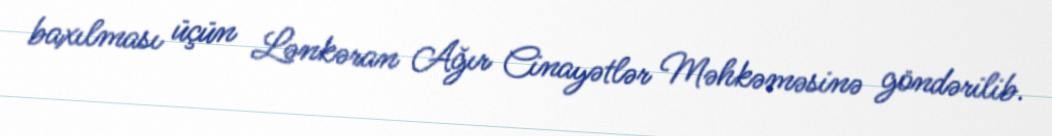
baxılması üçün Lənkəran Ağır Cinayətlər Məhkəməsinə göndərilib.